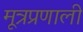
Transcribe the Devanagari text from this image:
मूत्रप्रणाली